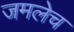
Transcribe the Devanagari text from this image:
जमलेच